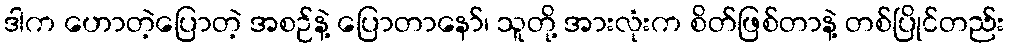
ဒါက ဟောတဲ့ပြောတဲ့ အစဉ်နဲ့ ပြောတာနော်၊ သူတို့ အားလုံးက စိတ်ဖြစ်တာနဲ့ တစ်ပြိုင်တည်း